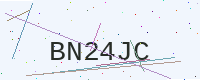
Text: BN24JC